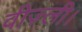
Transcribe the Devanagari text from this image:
वीज़्ली।